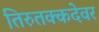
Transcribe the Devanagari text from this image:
तिरुतक्कदेवर